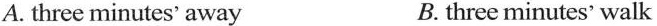
A. three minutes'away B. three minutes' walk